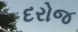
દરોજ